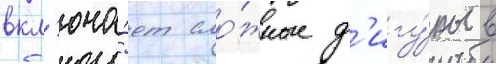
вкл'юча́ет сло́жные ф'игу́ры в